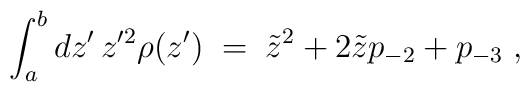
\int_a^bdz'\,z'^2\rho(z')\;=\;\tilde{z}^2+2\tilde{z}p_{-2}+p_{-3}\;,